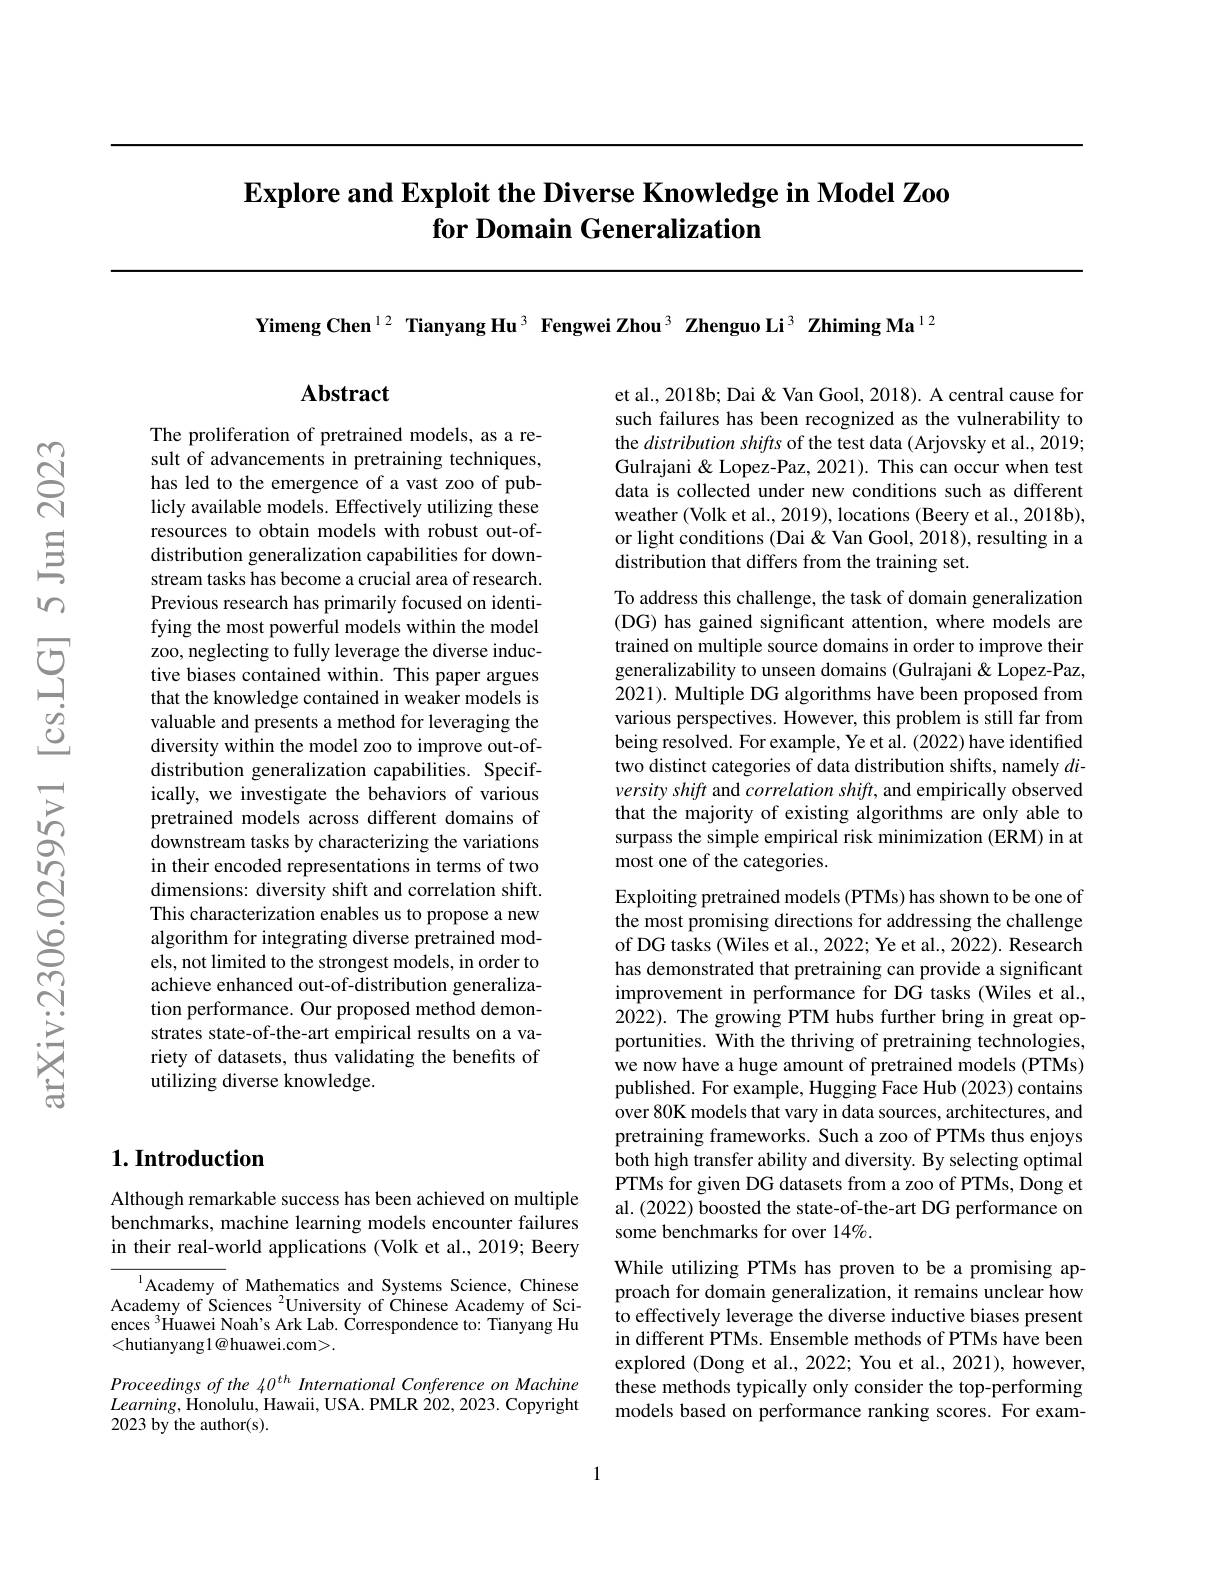
# $\textbf{Explore and Exploit the Diverse Knowledge in Model Zoo}$ for Domain Generalization

Yimeng Chen$^{12}$ Tianyang Hu$^{3}$ Fengwei Zhou$^{3}$ Zhenguo Li$^{3}$ Zhiming Ma$^{12}$

$\mathbf{Abstract}$

et al., 2018b; Dai & Van Gool, 2018). A central cause for such failures has been recognized as the vulnerability to the distribution shifts of the test data (Arjovsky et al., 2019; Gulrajani & Lopez-Paz, 2021). This can occur when test data is collected under new conditions such as different weather (Volk et al., 2019), locations (Beery et al., 2018b), or light conditions (Dai & Van Gool, 2018), resulting in a distribution that differs from the training set.

To address this challenge, the task of domain generalization (DG) has gained significant attention, where models are trained on multiple source domains in order to improve their generalizability to unseen domains (Gulrajani& Lopez-Paz, 2021). Multiple DG algorithms have been proposed from various perspectives. However, this problem is still far from being resolved. For example, Ye et al. (2022) have identified two distinct categories of data distribution shifts, namely $di-$ versity shift and correlation shift, and empirically observed that the majority of existing algorithms are only able to surpass the simple empirical risk minimization (ERM) in at most one of the categories.

The proliferation of pretrained models, as a result of advancements in pretraining techniques, has led to the emergence of a vast zoo of publicly available models. Effectively utilizing these resources to obtain models with robust out-ofdistribution generalization capabilities for downstream tasks has become a crucial area of research. Previous research has primarily focused on identifying the most powerful models within the model zoo, neglecting to fully leverage the diverse inductive biases contained within. This paper argues that the knowledge contained in weaker models is valuable and presents a method for leveraging the diversity within the model zoo to improve out-ofdistribution generalization capabilities. Specifically, we investigate the behaviors of various pretrained models across different domains of downstream tasks by characterizing the variations in their encoded representations in terms of two dimensions: diversity shift and correlation shift. This characterization enables us to propose a new algorithm for integrating diverse pretrained models, not limited to the strongest models, in order to achieve enhanced out-of-distribution generalization performance. Our proposed method demonstrates state-of-the-art empirical results on a variety of datasets, thus validating the benefits of utilizing diverse knowledge.

## $1. \textbf{Introduction}$

Although remarkable success has been achieved on multiple benchmarks, machine learning models encounter failures in their real-world applications (Volk et al., 2019; Beery

Academy of Mathematics and Systems Science, Chinese Academy of Sciences $^2$University of Chinese Academy of Sciences $^{3}$Huawei Noah's Ark Lab. Correspondence to: Tianyang Hu <hutianyang1@huawei.com>.

Proceedings of the 40$^{th}$ International Conference on Machine $Learning$,Honolulu, Hawaii, USA. PMLR 202, 2023. Copyright 2023 by the author(s).

Exploiting pretrained models (PTMs) has shown to be one of the most promising directions for addressing the challenge of DG tasks (Wiles et al., 2022; Ye et al., 2022). Research has demonstrated that pretraining can provide a significant improvement in performance for DG tasks (Wiles et al., 2022). The growing PTM hubs further bring in great opportunities. With the thriving of pretraining technologies, we now have a huge amount of pretrained models (PTMs) published. For example, Hugging Face Hub (2023) contains over 80K models that vary in data sources, architectures, and pretraining frameworks. Such a zoo of PTMs thus enjoys both high transfer ability and diversity. By selecting optimal PTMs for given DG datasets from a zoo of PTMs, Dong et al. (2022) boosted the state-of-the-art DG performance on some benchmarks for over 14%.

While utilizing PTMs has proven to be a promising approach for domain generalization, it remains unclear how to effectively leverage the diverse inductive biases present in different PTMs. Ensemble methods of PTMs have been explored (Dong et al., 2022; You et al., 2021), however, these methods typically only consider the top-performing models based on performance ranking scores. For exam-

1